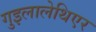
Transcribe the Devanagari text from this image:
गुइलालेथिएर